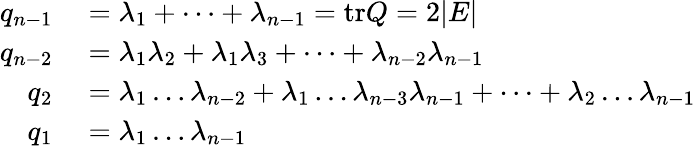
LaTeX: \begin{array}{rl}{q_{n-1}}&{{}=\lambda_{1}+\dots+\lambda_{n-1}=\mathrm{tr}Q=2|E|}\\ {q_{n-2}}&{{}=\lambda_{1}\lambda_{2}+\lambda_{1}\lambda_{3}+\dots+\lambda_{n-2}\lambda_{n-1}}\\ {q_{2}}&{{}=\lambda_{1}\dots\lambda_{n-2}+\lambda_{1}\dots\lambda_{n-3}\lambda_{n-1}+\dots+\lambda_{2}\dots\lambda_{n-1}}\\ {q_{1}}&{{}=\lambda_{1}\dots\lambda_{n-1}}\end{array}